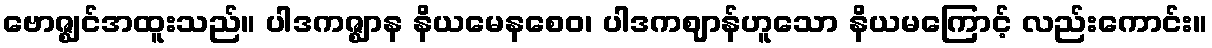
ဗောဇ္ဈင်အထူးသည်။ ပါဒကဇ္ဈာန နိယမေနစေဝ၊ ပါဒကဈာန်ဟူသော နိယမကြောင့် လည်းကောင်း။